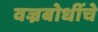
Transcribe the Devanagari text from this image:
वज्रबोधींचे